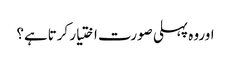
اوروہ پہلی صورت اختیار کرتاہے؟